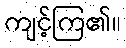
ကျင့်ကြ၏။